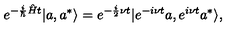
e ^ { - \frac { i } { \hbar } \hat { H } t } | a , a ^ { * } \rangle = e ^ { - \frac { i } { 2 } \nu t } | e ^ { - i \nu t } a , e ^ { i \nu t } a ^ { * } \rangle ,